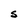
Character: S